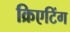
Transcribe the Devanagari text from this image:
क्रिएटिंग